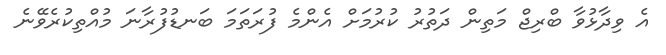
އެ ވިދާޅުވާ ބްރިޖް މަތިން ދަތުރު ކުރުމަށް އެންމެ ފުރަތަމަ ބަނޑުފުރާނަ މުއްތިކުރެވޭނެ